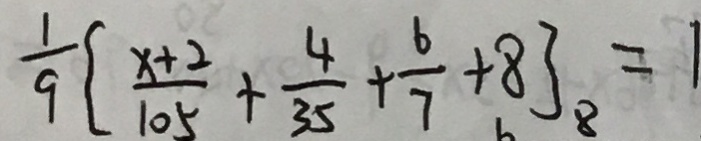
\frac { 1 } { 9 } \{ \frac { x + 2 } { 1 0 5 } + \frac { 4 } { 3 5 } + \frac { 6 } { 7 } + 8 \} = 1